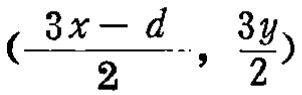
$\left(\frac{3x - d}{2}, \frac{3y}{2}\right)$